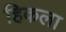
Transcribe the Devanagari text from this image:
हिकला